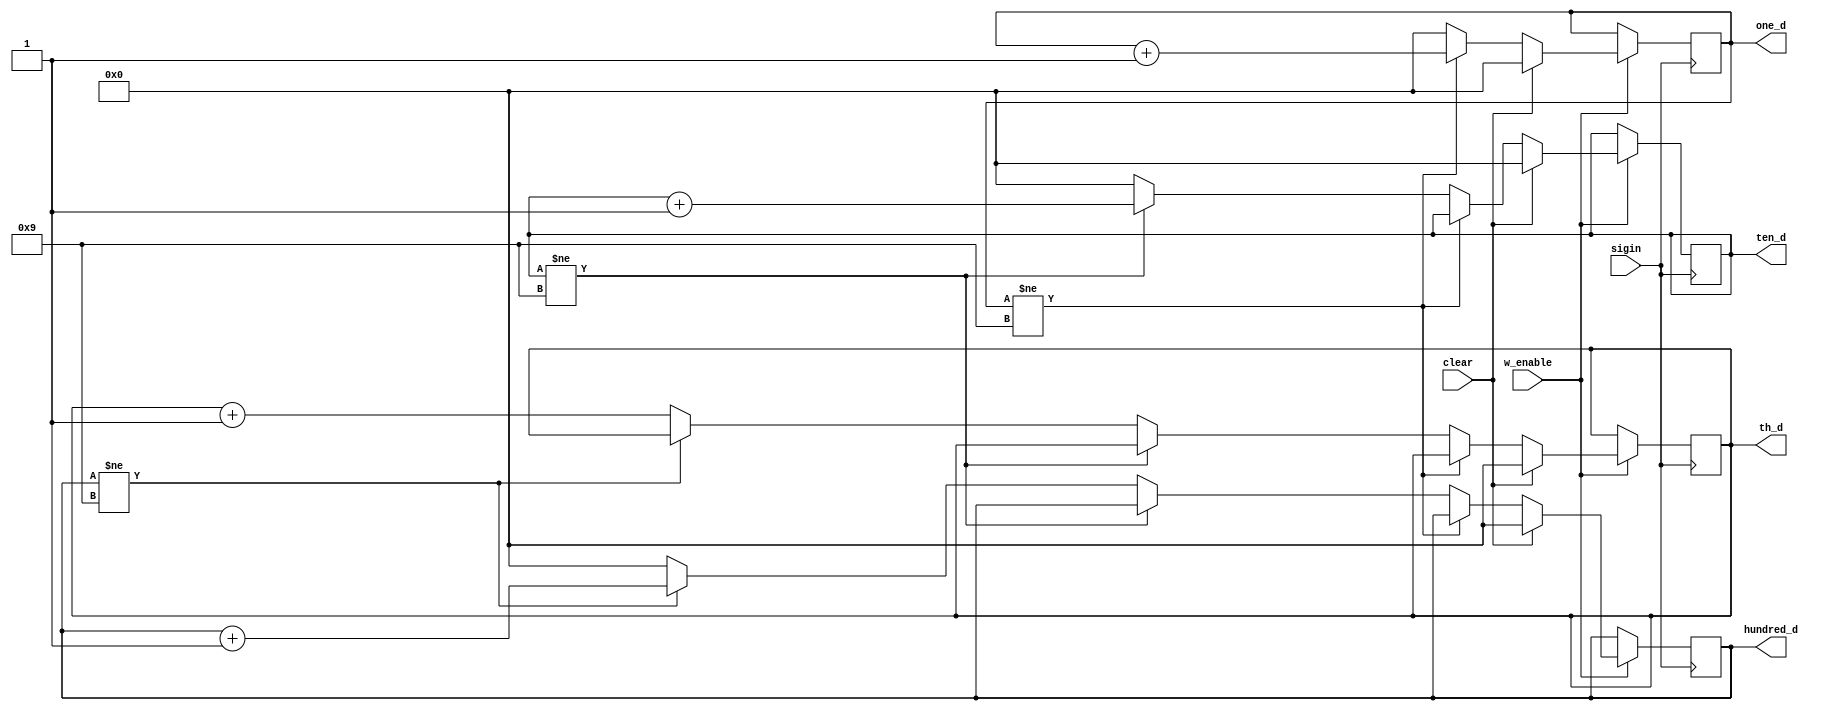
module count(w_enable,clear,sigin,th_d,hundred_d,ten_d,one_d);
  input w_enable,clear,sigin;
  output [3:0]th_d;
  output [3:0]hundred_d;
  output [3:0]ten_d;
  output [3:0]one_d;
  reg [3:0]th_d1;
  reg [3:0]hundred_d1;
  reg [3:0]ten_d1;
  reg [3:0]one_d1;
  assign th_d=th_d1;
  assign hundred_d=hundred_d1;
  assign ten_d=ten_d1;
  assign one_d=one_d1;
  initial
  begin
    th_d1<=4'b0;
    hundred_d1<=4'b0;
    ten_d1<=4'b0;
    one_d1<=4'b0;
  end
  
  always@(posedge sigin)
  begin
    if(w_enable) begin
        if(clear) begin
            th_d1<=4'b0;
            hundred_d1<=4'b0;
            ten_d1<=4'b0;
            one_d1<=4'b0;
          end
        else begin
            if(one_d1!=4'b1001)
              one_d1<=one_d1+4'b0001;
            else if(ten_d1!=4'b1001) begin
                one_d1<=4'b0;
                ten_d1<=ten_d1+4'b0001;
              end
            else if(hundred_d1!=4'b1001) begin
                one_d1<=4'b0;
                ten_d1<=4'b0;
                hundred_d1<=hundred_d1+4'b0001;
              end
            else begin
                one_d1<=4'b0;
                ten_d1<=4'b0;
                hundred_d1<=4'b0;
                th_d1<=th_d1+4'b0001;
              end
            end
          end
        end
endmodule